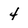
Character: 4